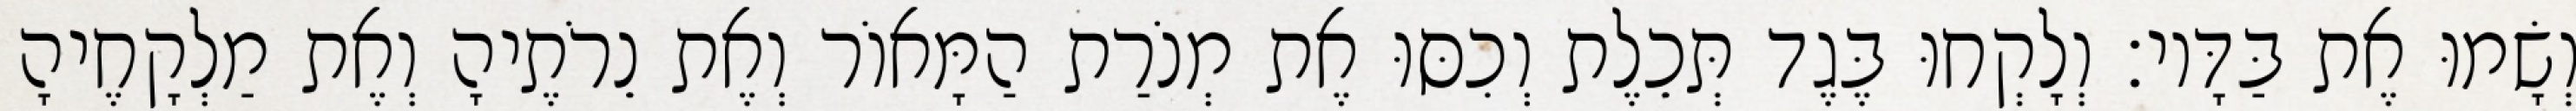
וְשָׂמוּ אֶת בַּדָּיו׃ וְלָקְחוּ בֶּגֶד תְּכֵלֶת וְכִסּוּ אֶת מְנֹרַת הַמָּאוֹר וְאֶת נֵרֹתֶיהָ וְאֶת מַלְקָחֶיהָ